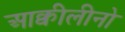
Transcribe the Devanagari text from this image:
आक्वीलीनो